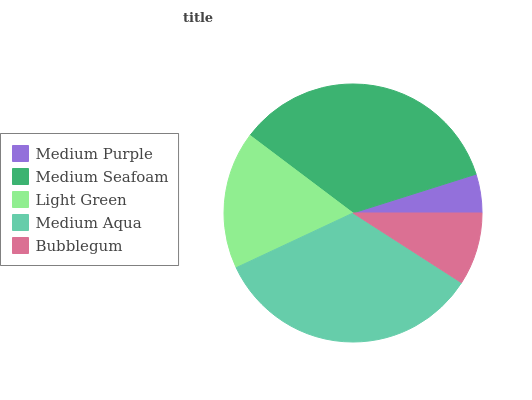
| Medium Purple | Medium Seafoam | Light Green | Medium Aqua | Bubblegum |
 | --- | --- | --- | --- | --- |
 | 4.87% | 34.9% | 17.2% | 33.9% | 9.1% |